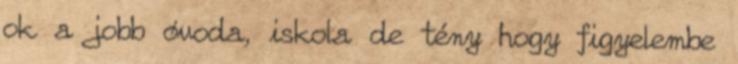
ok a jobb óvoda, iskola de tény hogy figyelembe